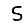
Digit: 5